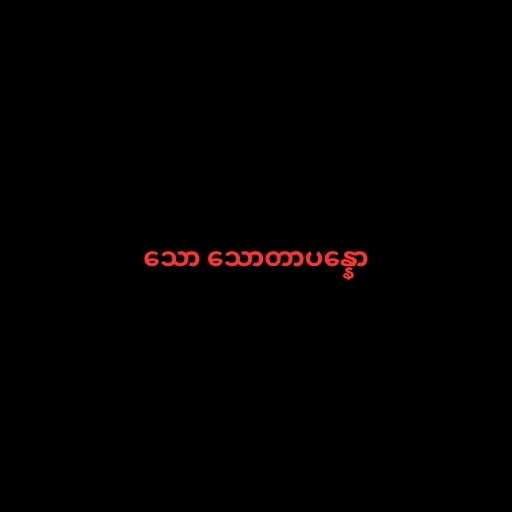
သော သောတာပန္နော